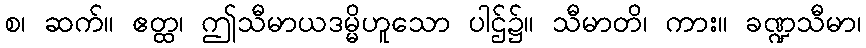
စ၊ ဆက်။ ဧတ္ထ၊ ဤသီမာယဒမ္မိဟူသော ပါဌ်၌။ သီမာတိ၊ ကား။ ခဏ္ဍသီမာ၊